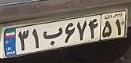
۳۱ب۶۷۴۵۱